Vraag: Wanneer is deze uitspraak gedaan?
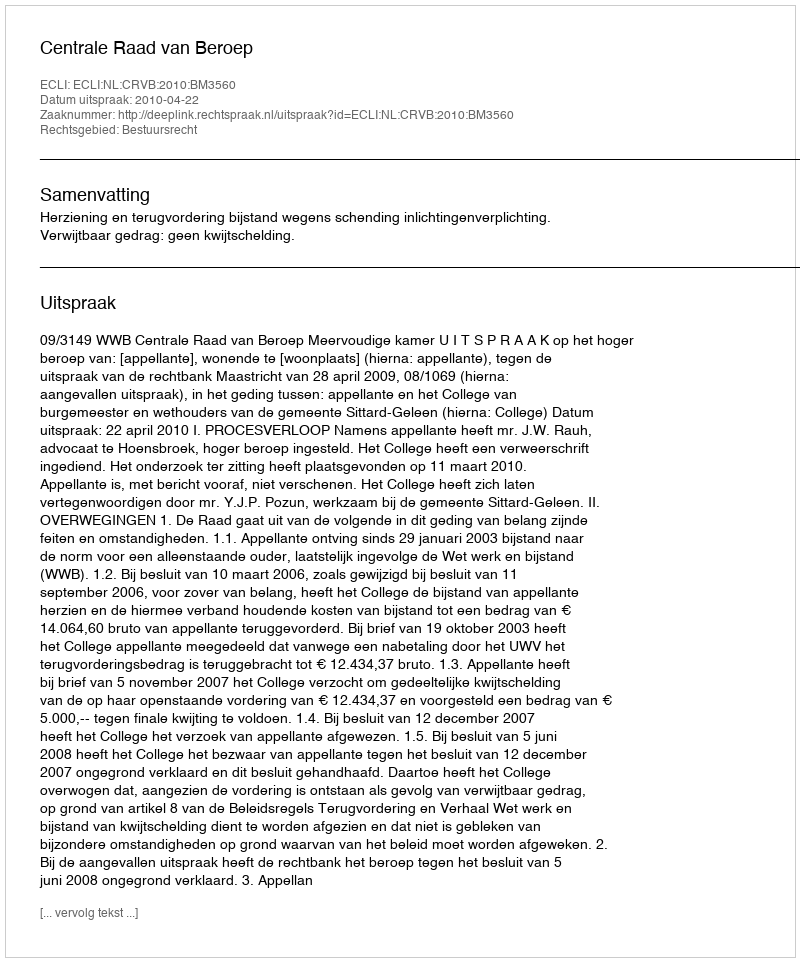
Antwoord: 2010-04-22